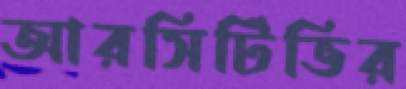
আরসিটিভির